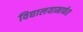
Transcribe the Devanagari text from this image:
विद्यालयामार्फत